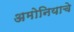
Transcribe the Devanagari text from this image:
अमोनियाचे